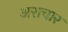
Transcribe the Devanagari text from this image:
अराचार